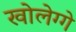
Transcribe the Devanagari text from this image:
खोलेग्गे